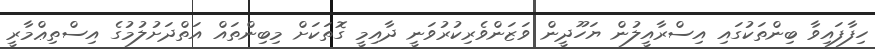
ހިފާފައިވާ ބިންތަކުގައި އިސްރާއީލުން ޔަހޫދީން ވަޒަންވެރިކުރުވަނީ ދާއިމީ ގޮތަކަށް މިބިންތައް އަތްދަށުލުމުގެ އިސްތިޢްމާރީ